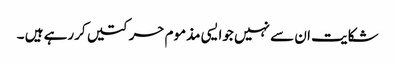
شکایت ان سے نہیں جوایسی مذموم حرکتیں کررہے ہیں ۔